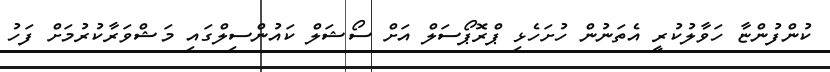
ކުންފުންޏާ ހަވާލުކުރީ އެތަނުން ހުށަހެޅި ޕްރޮޕޯސަލް އަށް ސޯޝަލް ކައުންސިލްގައި މަޝްވަރާކުރުމަށް ފަހު